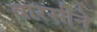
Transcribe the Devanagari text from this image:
वारसीने